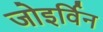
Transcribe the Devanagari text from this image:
जोइर्विन